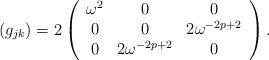
LaTeX: \begin{align*}(g_{jk}) = 2 \left( \begin{array}{ccc}\omega^2 & 0 & 0 \\0& 0 & 2\omega^{-2p+2}\\0 & 2\omega^{-2p+2} & 0 \end{array} \right). \end{align*}